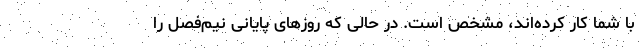
با شما کار کرده‌اند، مشخص است. در حالی که روزهای پایانی نیم‌فصل را